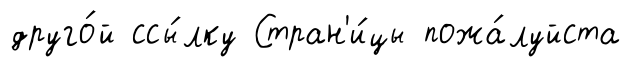
друго́й ссы́лку Стран'и́цы пожа́луйста